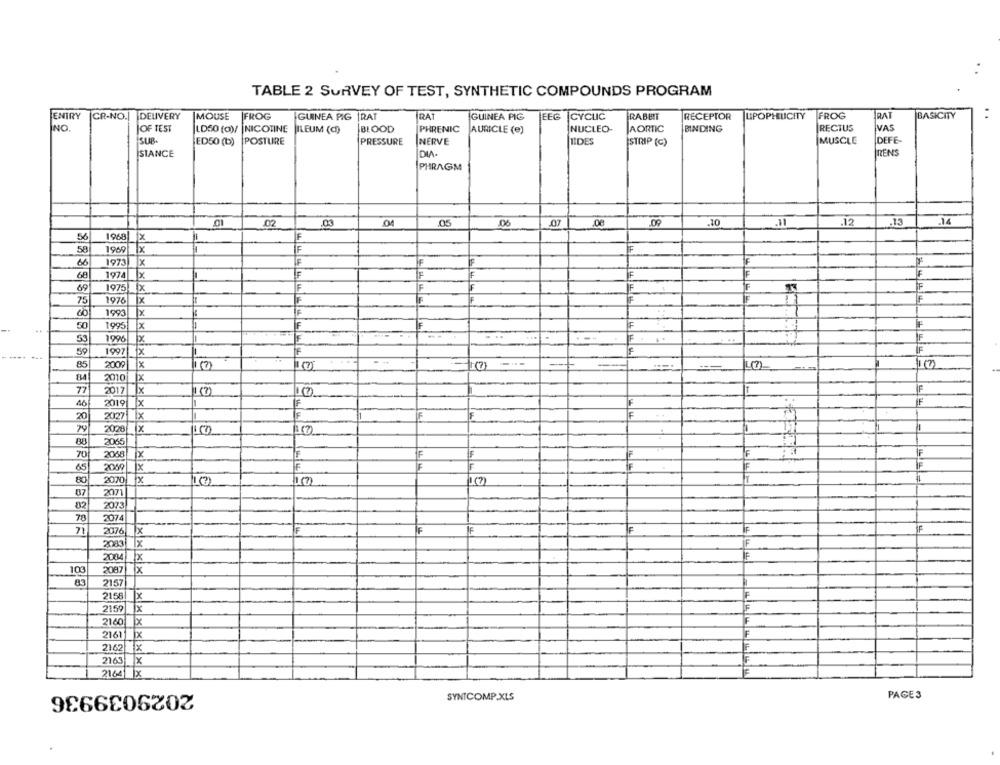
TABLE 2 SURVEY OF TEST, SYNTHETIC COMPOUNDS PROGRAM
ENTRY
CR-NO.| DELIVERY
|MOUSE
FROG
GUINEA PIG |RAT
RAT
GUINEA PIG
EEG
ICYCLIC
RABBIT
RECEPTOR
LIPOPHILICITY
FROG
RAT
BASICITY
NO
OF TEST
LD50 (o)/
NICOTINE
JILEUM (C)
BLOOD
PHRENIC
AURICLE (e)
NUCLEO-
AORTIC
BINDING
RECTUS
VAS
DEFE-
SUB.
ED50 (b)
POSTURE
PRESSURE
NERVE
TIDES
STRIP (C)
MUSCLE
SIANCE
DIA-
RENS
PHRAGM
.03
.05
.07
.08
.10
.12
.14
02
06
.11
.. 13
56
1968
58
1969 X
66
1973]
x
68
1974
F
69
1975
F
44/4
Ix
IF
F
75
1976
F
1993
x
50
1995
x
IF
F
F
F
1996
59
1997
X
TF
F
----
85
2009
x
L(?)
2010
77
2017
X X
İF
46
2019
IF
F
20
2027
F
İF
79
2028 X
88
2065
F
IF
70
2068
X
IF
F
65
2019
F
F
F
F
8
2070 x
1(7)
IT
07
2071
82
2073
78
2074
IF
71
2076
IF
2083
IF
2004
IF
103
2087
x
21:57
2158
Ix
2159
x
F
2160
Ix
2161
F
2162
x
2163
x
21641
2029039936
SYNTCOMP.XLS
PAGES